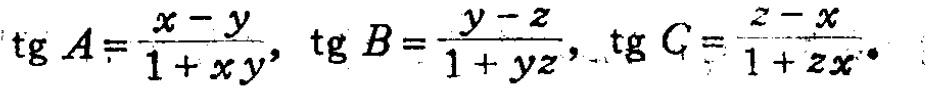
\(\text{tg} A=\frac{x - y}{1 + xy},\ \text{tg} B=\frac{y - z}{1 + yz},\ \text{tg} C=\frac{z - x}{1 + zx}\)